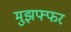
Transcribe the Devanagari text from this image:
मुझफ्फर